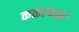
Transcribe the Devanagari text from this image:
कळल्याने